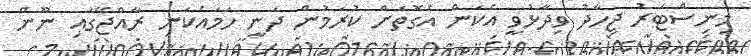
މިނިސްޓަރު ޖިހާދު ވިދާޅުވީ އެކަން އެގޮތަށް ކުރަމުން ދަނީ ހަމައެކަނި ރާއްޖޭގައި ނޫން